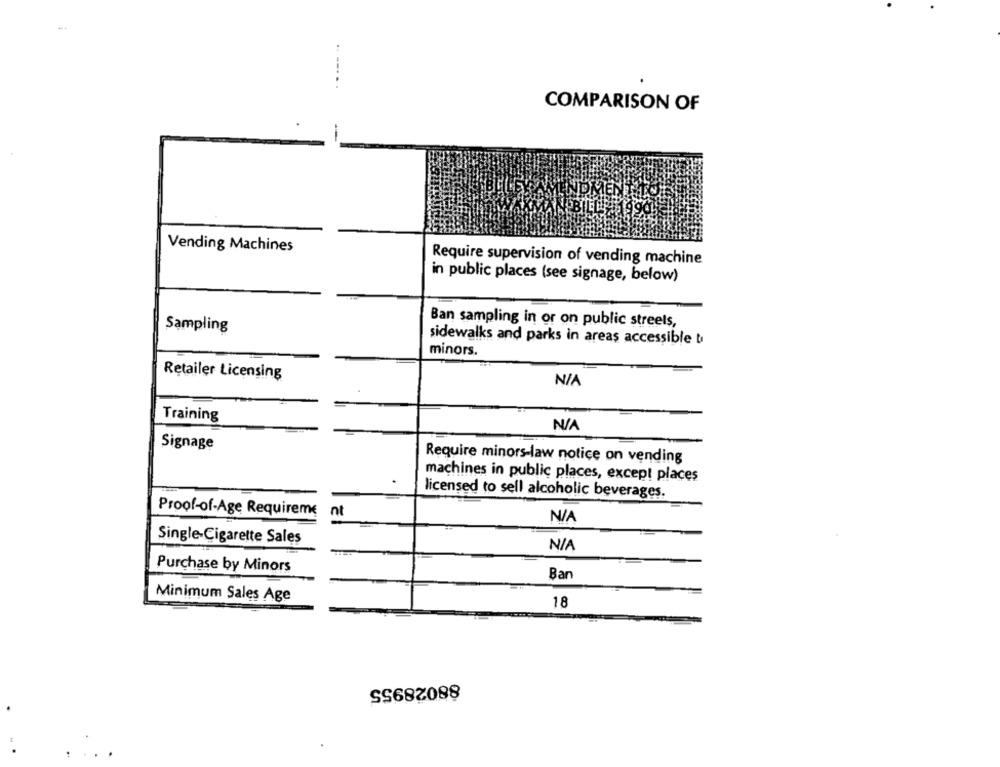
COMPARISON OF
Vending Machines
Require supervision of vending machine
in public places (see signage, below)
Ban sampling in or on public streets,
Sampling
sidewalks and parks in areas accessible bi
minors.
Retailer Licensing
Training
Signage
Require minors-law notice on vending
machines in public places, except places
licensed to sell alcoholic beverages.
Proof-of-Age Requireme
nt
Single-Cigarette Sales
Purchase by Minors
Bar
Minimum Sales Age
18
88028955